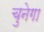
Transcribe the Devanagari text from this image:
चुनेगा